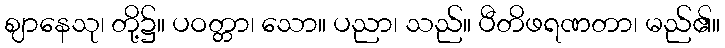
ဈာနေသု၊ တို့၌။ ပဝတ္တာ၊ သော။ ပညာ၊ သည်။ ပီတိဖရဏတာ၊ မည်၏။